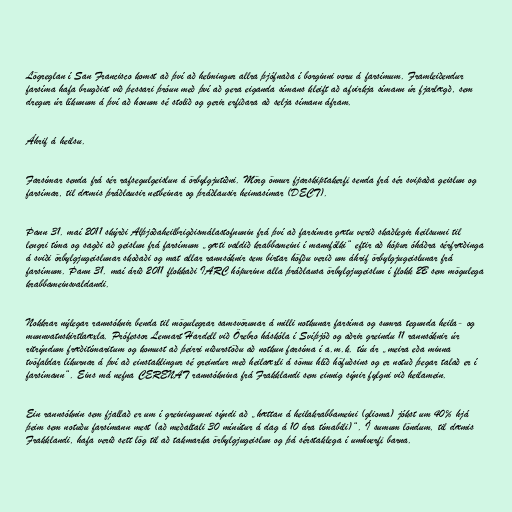
Lögreglan í San Francisco komst að því að helmingur allra þjófnaða í borginni voru á farsímum. Framleiðendur
farsíma hafa brugðist við þessari þróun með því að gera eiganda símans kleift að afvirkja símann úr fjarlægð, sem
dregur úr líkunum á því að honum sé stolið og gerir erfiðara að selja símann áfram.

Áhrif á heilsu.

Farsímar senda frá sér rafsegulgeislun á örbylgjutíðni. Mörg önnur fjarskiptakerfi senda frá sér svipaða geislun og
farsímar, til dæmis þráðlausir netbeinar og þráðlausir heimasímar (DECT).

Þann 31. maí 2011 skýrði Alþjóðaheilbrigðismálastofnunin frá því að farsímar gætu verið skaðlegir heilsunni til
lengri tíma og sagði að geislun frá farsímum „gæti valdið krabbameini í mannfólki“ eftir að hópur óháðra sérfræðinga
á sviði örbylgjugeislunar skoðaði og mat allar rannsóknir sem birtar höfðu verið um áhrif örbylgjugeislunar frá
farsímum. Þann 31. maí árið 2011 flokkaði IARC hópurinn alla þráðlausa örbylgjugeislun í flokk 2B sem mögulega
krabbameinsvaldandi.

Nokkrar nýlegar rannsóknir benda til mögulegrar samsvörunar á milli notkunar farsíma og sumra tegunda heila- og
munnvatnskirtlaæxla. Prófessor Lennart Hardell við Örebro háskóla í Svíþjóð og aðrir greindu 11 rannsóknir úr
ritrýndum fræðitímaritum og komust að þeirri niðurstöðu að notkun farsíma í a.m.k. tíu ár „meira eða minna
tvöfaldar líkurnar á því að einstaklingur sé greindur með heilaæxli á sömu hlíð höfuðsins og er notuð þegar talað er í
farsímann“. Eins má nefna CERENAT rannsóknina frá Frakklandi sem einnig sýnir fylgni við heilamein.

Ein rannsóknin sem fjallað er um í greiningunni sýndi að „hættan á heilakrabbameini (glioma) jókst um 40% hjá
þeim sem notuðu farsímann mest (að meðaltali 30 mínútur á dag á 10 ára tímabili)“. Í sumum löndum, til dæmis
Frakklandi, hafa verið sett lög til að takmarka örbylgjugeislun og þá sérstaklega í umhverfi barna.